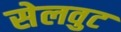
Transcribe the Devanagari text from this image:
सेलवुट